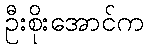
ဦးစိုးအောင်က